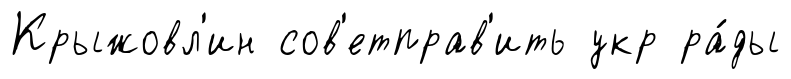
Крыжовл'ин сов'етправ'ить укр ра́ды